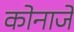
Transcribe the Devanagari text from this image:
कोनाजे